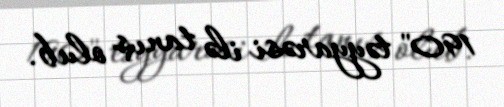
190" təyyarəsi ilə tanış olub.